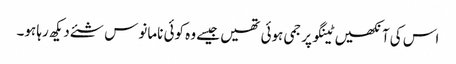
اس کی آنکھیں ٹینگو پر جمی ہوئی تھیں جیسے وہ کوئی نامانوس شئے دیکھ رہا ہو۔